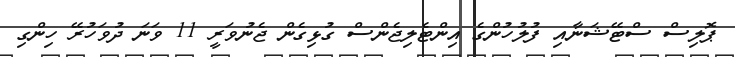
ޕޮލިސް ސްޓޭޝަނާއި ފުލުހުންގެ އިންޓެލިޖެންސް ގުޅިގެން ޖެނުވަރީ 11 ވަނަ ދުވަހުރޭ ހިންގި